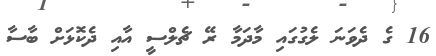
16 ގެ ދެވަނަ ލެގުގައި މާދަމާ ރޭ ޗެލްސީ އާއި ދެކޮޅަށް ބާސާ